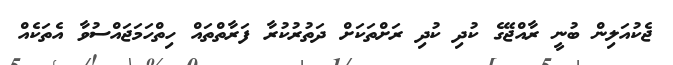
ޖެކުއަލިން ބުނީ ރާއްޖޭގެ ކުދި ކުދި ރަށްތަކަށް ދަތުރުކުރާ ފަރާތްތައް ހިތްހަމަޖައްސުވާ އެތަކެއް